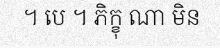
។ បេ ។ ភិក្ខុ ណា មិន